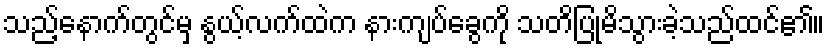
သည့်နောက်တွင်မှ နွယ့်လက်ထဲက နားကျပ်ခွေကို သတိပြုမိသွားခဲ့သည်ထင်၏။